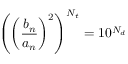
\left( \left( { \frac { b _ { n } } { a _ { n } } } \right) ^ { 2 } \right) ^ { N _ { t } } = 1 0 ^ { N _ { d } }